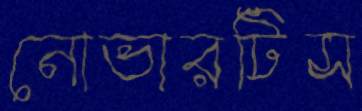
নোভারটিস